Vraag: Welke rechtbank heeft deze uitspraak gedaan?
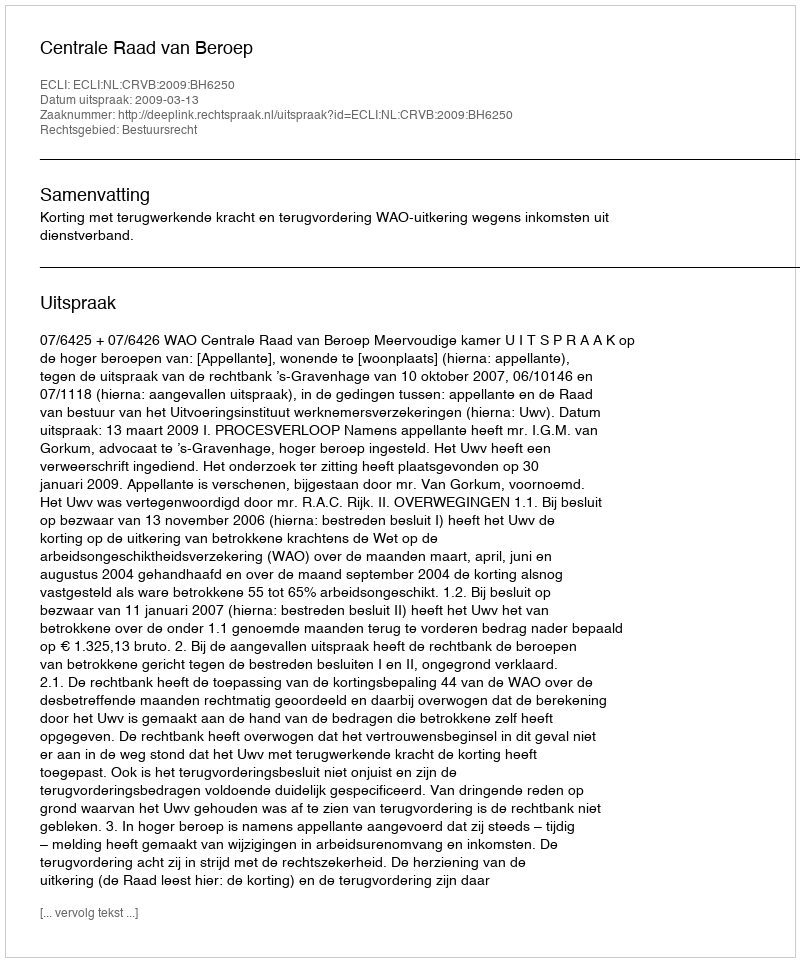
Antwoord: Centrale Raad van Beroep